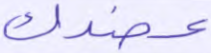
عضدك